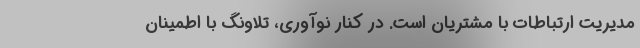
مدیریت ارتباطات با مشتریان است. در کنار نوآوری، تلاونگ‌ با اطمینان